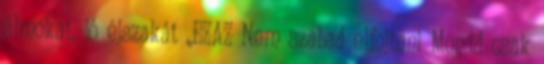
álmokat, jó éjszakát „EZAZ Nem szabad elfojtani Mondd csak